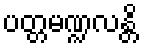
ပတ္တမဏ္ဍလန္တိ